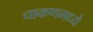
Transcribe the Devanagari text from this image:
चाकणमध्ये